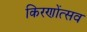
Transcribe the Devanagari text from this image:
किरणोंत्सव